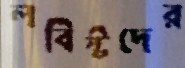
লবিস্টদের